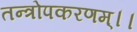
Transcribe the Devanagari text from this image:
तन्त्रोपकरणम्।।